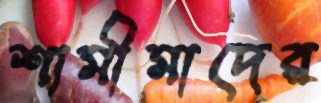
শামীমাদের